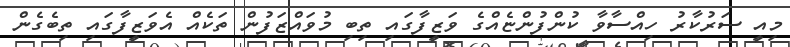
މިއީ ސަރުކާރު ހިއްސާވާ ކުންފުންޏެއްގެ ވަޒީފާގައި ތިބި މުވައްޒަފުން ތަކެއް އެވަޒީފާގައި ތިބެގެން